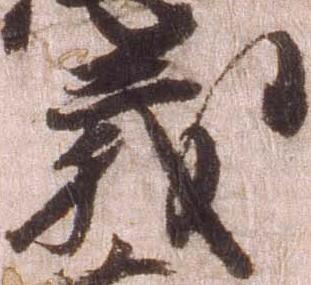
義